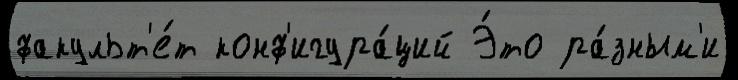
факульт'е́т конф'игура́ций Э́то ра́зным'и